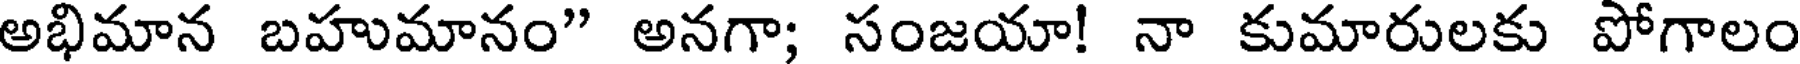
అభిమాన బహుమానం" అనగా; సంజయా! నా కుమారులకు పోగాలం